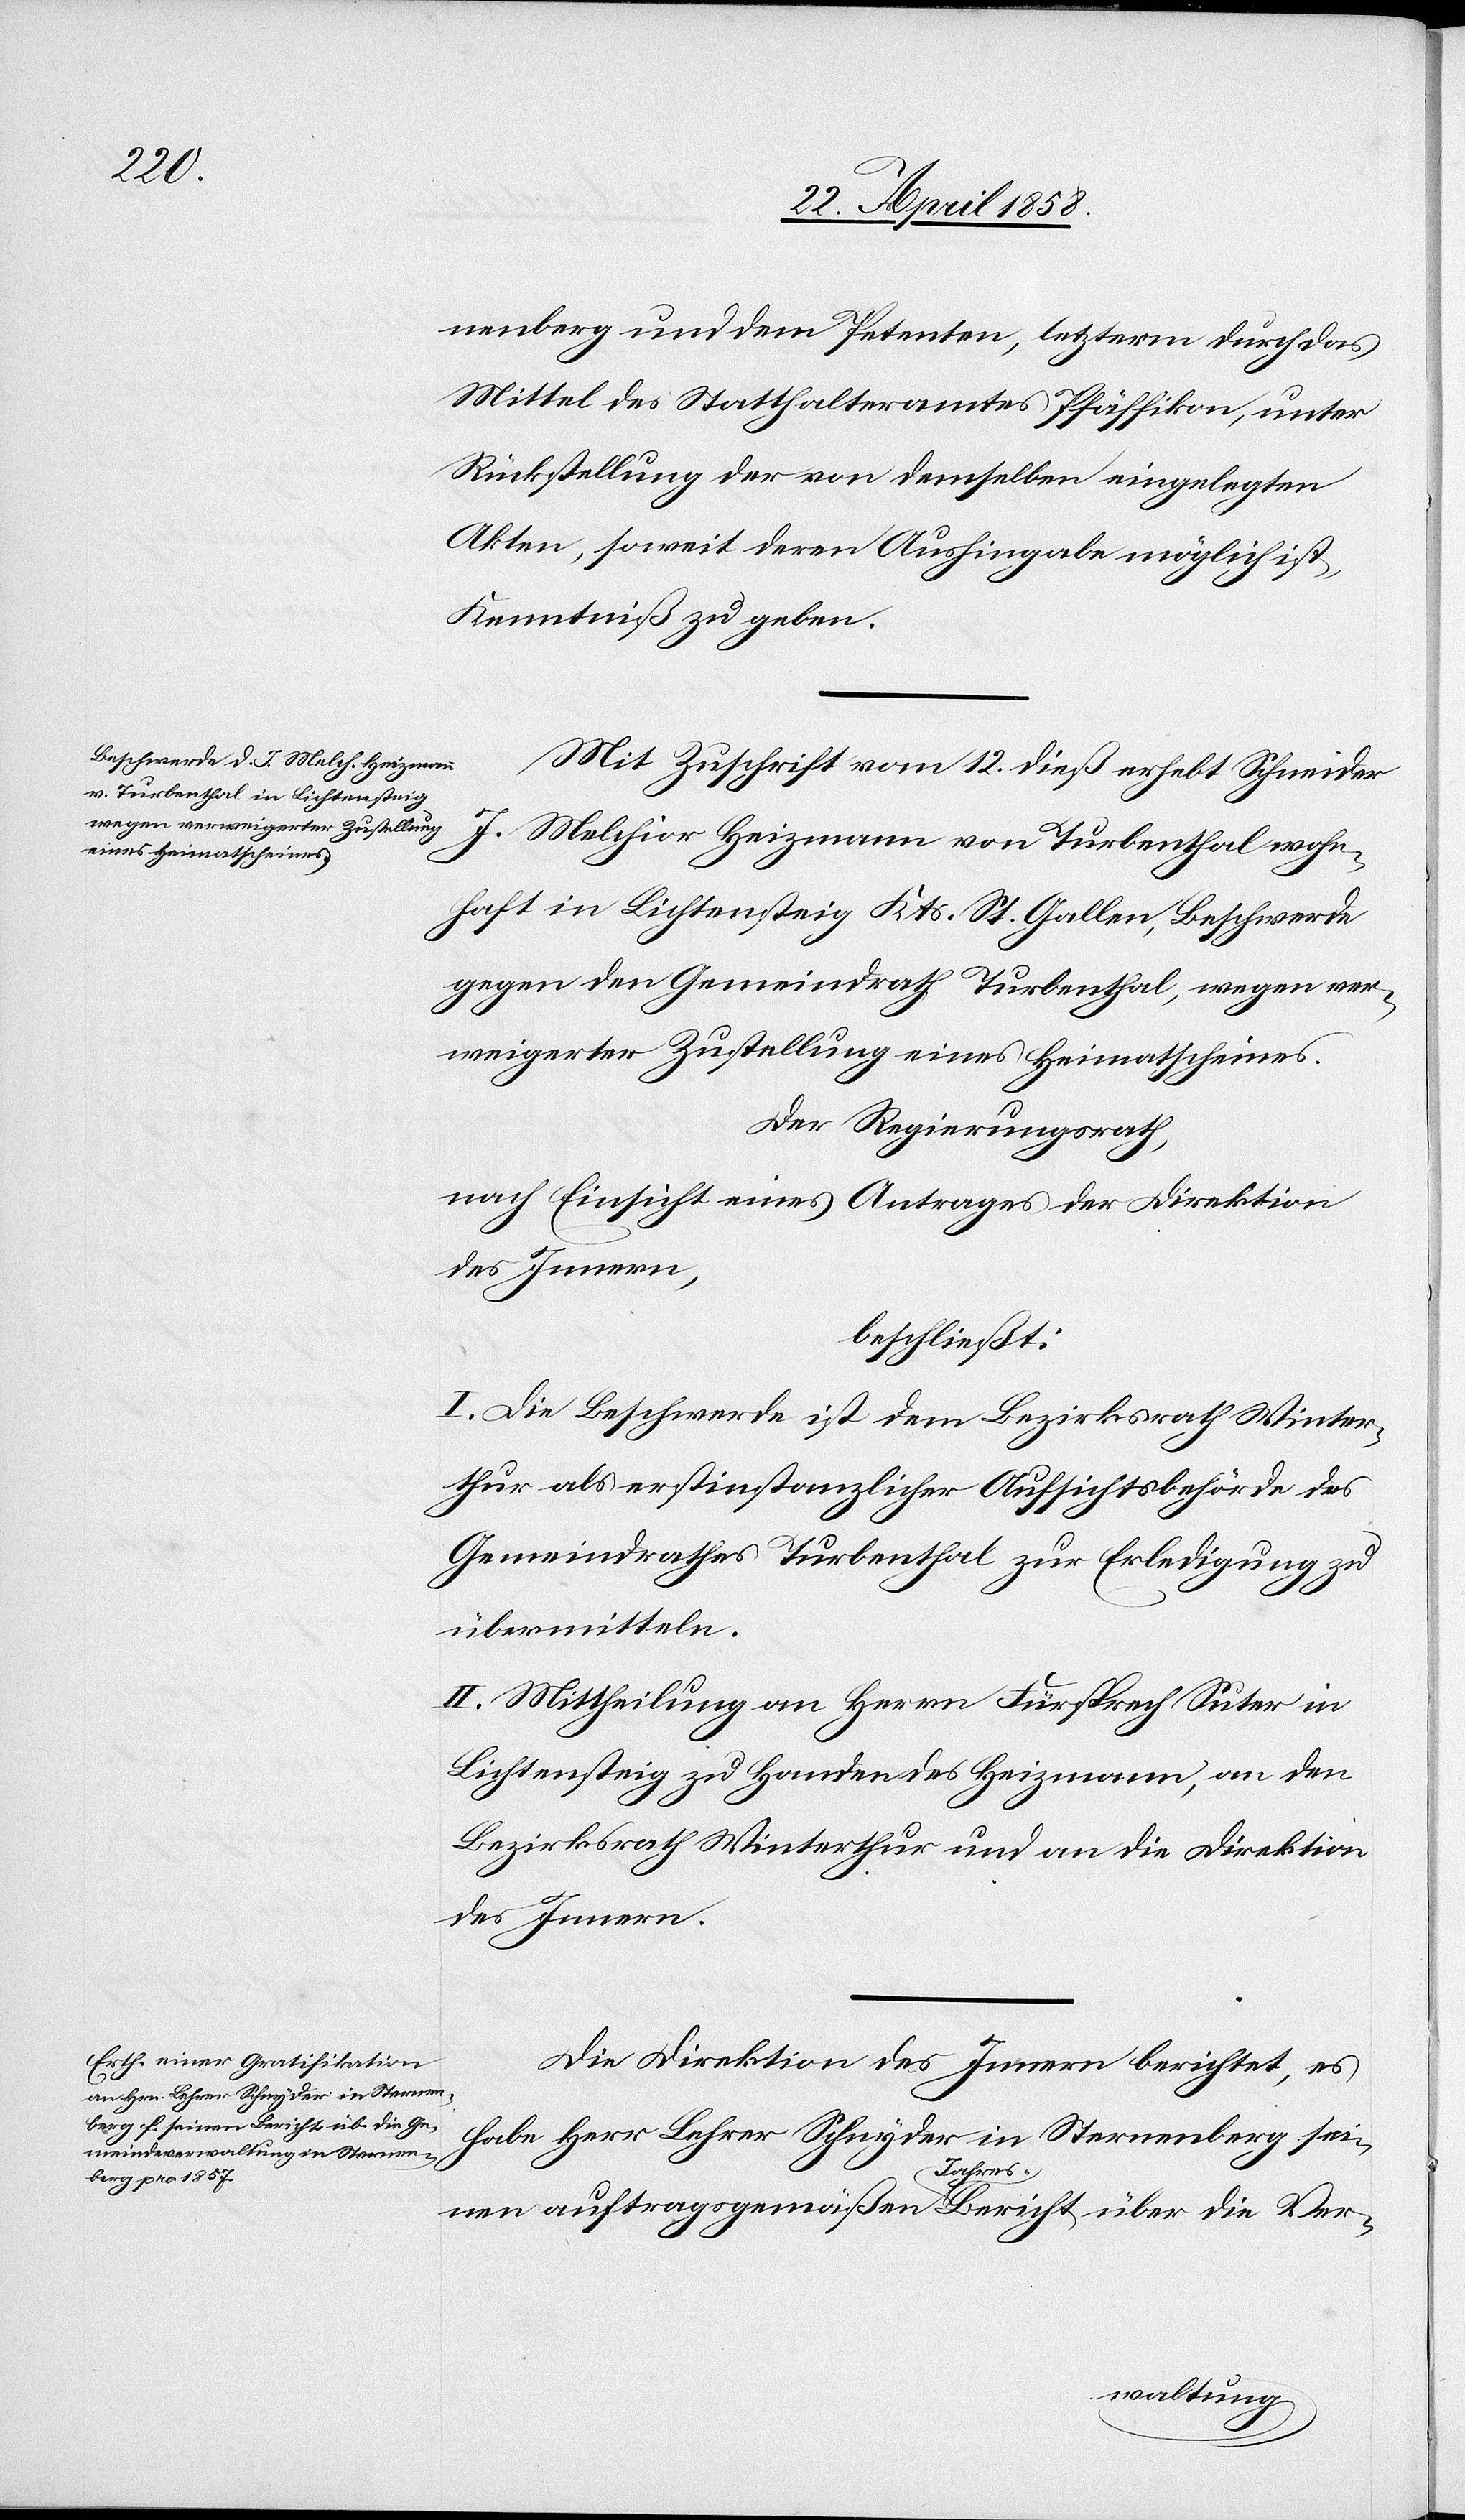
nenberg und dem Petenten, letzterm durch das
Mittel des Statthalteramtes Pfäffikon, unter
Rückstellung der von demselben eingelegten
Akten, soweit deren Aushingabe möglich ist,
Kenntniß zu geben.
Mit Zuschrift vom 12. dieß erhebt Schneider
J. Melchior Heizmann von Turbenthal wohn¬
haft in Lichtensteig Kts. St. Gallen, Beschwerde
gegen den Gemeindrath Turbenthal, wegen ver¬
weigerter Zustellung eines Heimatscheines.
Der Regierungsrath,
nach Einsicht eines Antrages der Direktion
des Innern,
beschließt:
I. Die Beschwerde ist dem Bezirksrath Winter¬
thur als erstinstanzlicher Aufsichtsbehörde des
Gemeindrathes Turbenthal zur Erledigung zu
übermitteln.
II. Mittheilung an Herrn Fürsprech Suter in
Lichtensteig zu Handen des Heizmann, an den
Bezirksrath Winterthur und an die Direktion
des Innern.
Die Direktion des Innern berichtet, es
habe Herr Lehrer Schnyder in Sternenberg ei¬
nen auftragsgemäßen Jahres-Bericht über die Ver-